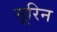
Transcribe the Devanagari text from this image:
सूरिन